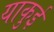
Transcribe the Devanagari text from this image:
याकुई